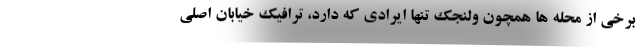
برخی از محله ها همچون ولنجک تنها ایرادی که دارد، ترافیک خیابان اصلی